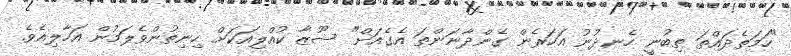
"ހަމަތެދައްތަ ތިބުނީ ހެނދުނު އަހަރެން ގެންދާނަންތަ އެގެއަށް" ޝޫޒާ ކުއްލިއަކަށް ހިނިތުންވެލަމުން އަހާލިއެވެ.